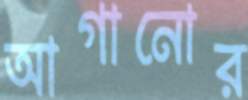
আগানোর